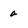
Character: a